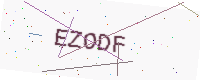
Text: EZODF